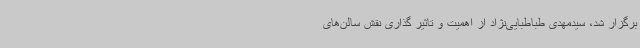
برگزار شد، سیدمهدی طباطبایی‌نژاد از اهمیت و تاثیر گذاری نقش سالن‌های